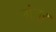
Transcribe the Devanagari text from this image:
मंंजूर